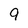
Character: 9